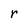
Character: r